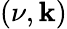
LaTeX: (\nu,\mathbf{k})